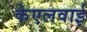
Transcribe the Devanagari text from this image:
केएलवाई